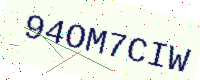
Text: 94OM7CIW